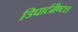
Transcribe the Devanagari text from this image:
डिपार्टमैण्टल